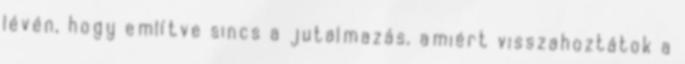
lévén, hogy említve sincs a jutalmazás, amiért visszahoztátok a